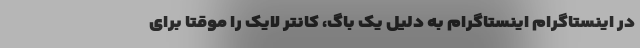
در اینستاگرام اینستاگرام به دلیل یک باگ، کانتر لایک را موقتا برای